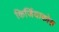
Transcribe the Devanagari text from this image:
किर्जियाकोस